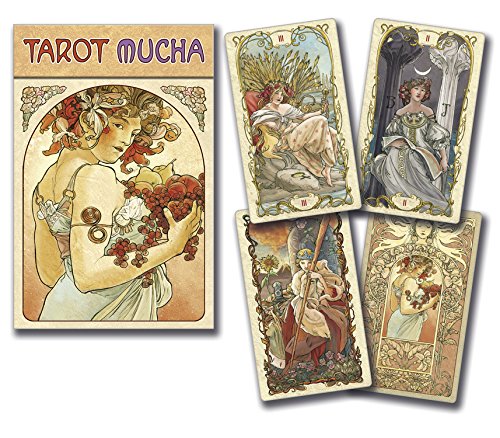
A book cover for Mucha Tarot; Lo Scarabeo; Religion & Spirituality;